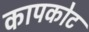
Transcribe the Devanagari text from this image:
कापकोट